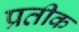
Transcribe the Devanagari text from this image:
प्रतीक